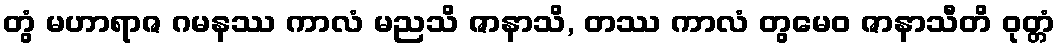
တွံ မဟာရာဇ ဂမနဿ ကာလံ မညသိ ဇာနာသိ, တဿ ကာလံ တွမေဝ ဇာနာသီတိ ဝုတ္တံ